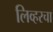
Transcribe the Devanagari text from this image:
लिव्हरचा